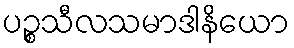
ပဉ္စသီလသမာဒါနိယော